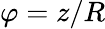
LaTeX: \varphi=z/R